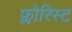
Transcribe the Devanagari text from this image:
फ्लोरिस्ट